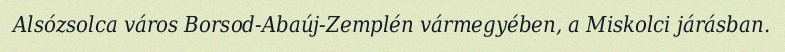
Alsózsolca város Borsod-Abaúj-Zemplén vármegyében, a Miskolci járásban.